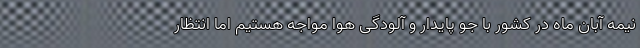
نیمه آبان ماه در کشور با جو پایدار و آلودگی هوا مواجه هستیم اما انتظار